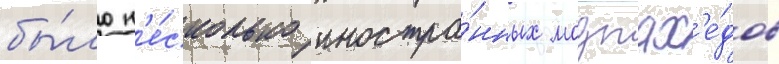
бы́ло н'е́сколько иностра́нных моджах'е́дов